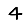
Digit: 4